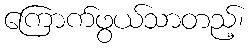
ကြောက်ဖွယ်သာတည့်၊